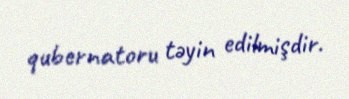
qubernatoru təyin edilmişdir.